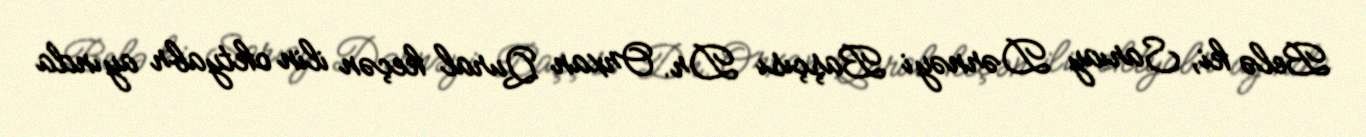
Belə ki, Sarıay Dərnəyi Başçısı Dr. Orxan Qural keçən ilin oktyabr ayında